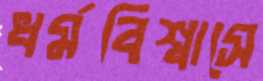
ধর্মবিশ্বাসে